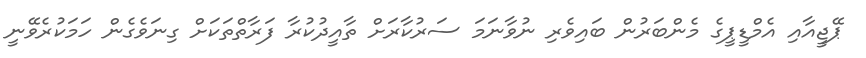
ޕޭޖީއާއި އެމްޑީޕީގެ މެންބަރުން ބައިވެރި ނުވާނަމަ ސަރުކާރަށް ތާއީދުކުރާ ފަރާތްތަކަށް ގިނަވެގެން ހަމަކުރެވޭނީ